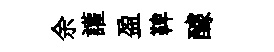
余讙盈鞞醵